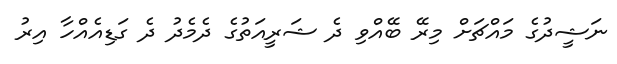
ނަޝީދުގެ މައްޗަށް މިރޭ ބޭއްވި ދެ ޝަރީއަތުގެ ދެމެދު ދެ ގަޑިއެއްހާ އިރު